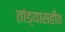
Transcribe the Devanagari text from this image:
तांड्यासहीत